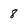
Character: 8